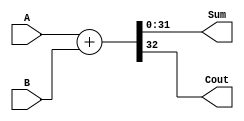
`timescale 1ns / 1ps
//////////////////////////////////////////////////////////////////////////////////
// Company: 
// Engineer: 
// 
// Design Name: 
// Module Name: FA32
// Project Name: 
// Target Devices: 
// Tool Versions: 
// Description: 
// 
// Dependencies: 
// 
// Revision:
// Revision 0.01 - File Created
// Additional Comments:
// 
//////////////////////////////////////////////////////////////////////////////////


module FA32(Sum, Cout, A, B);
   // Define I/O signals
   output reg [31:0] Sum;
   output reg Cout ;
   input [31:0] A;
   input [31:0] B;
   // Describe FA behaviour
   always @(A, B)
        {Cout , Sum} = A + B;
endmodule